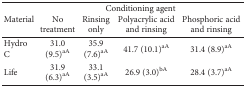
<table><thead><tr><td rowspan="2"><b>Material</b></td><td colspan="4"><b>Conditioning agent</b></td></tr><tr><td><b>No treatment</b></td><td><b>Rinsing only</b></td><td><b>Polyacrylic acid and rinsing</b></td><td><b>Phosphoric acid and rinsing</b></td></tr></thead><tbody><tr><td>Hydro C</td><td>31.0 (9.5)<sup>aA</sup></td><td>35.9 (7.6)<sup>aA</sup></td><td>41.7 (10.1)<sup>aA</sup></td><td>31.4 (8.9)<sup>aA</sup></td></tr><tr><td>Life</td><td>31.9 (6.3)<sup>aA</sup></td><td>33.1 (3.5)<sup>aA</sup></td><td>26.9 (3.0)<sup>bA</sup></td><td>28.4 (3.7)<sup>aA</sup></td></tr></tbody></table>